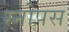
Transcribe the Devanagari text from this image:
स्नोपस